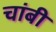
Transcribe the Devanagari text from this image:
चांबी